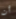
أن